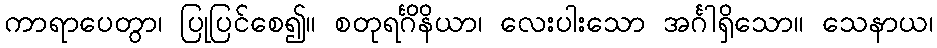
ကာရာပေတွာ၊ ပြုပြင်စေ၍။ စတုရင်္ဂိနိယာ၊ လေးပါးသော အင်္ဂါရှိသော။ သေနာယ၊